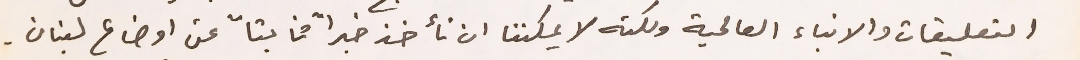
التعليقات والانباء العالمية ولكنه لا يمكننا ان نأخذ خبراً ثابتاً عن اوضاع لبنان.